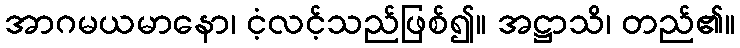
အာဂမယမာနော၊ ငံ့လင့်သည်ဖြစ်၍။ အဋ္ဌာသိ၊ တည်၏။